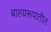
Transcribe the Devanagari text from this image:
बाह्य़रूपातील